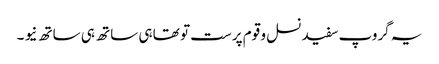
یہ گروپ سفید نسل و قوم پرست تو تھا ہی ساتھ ہی ساتھ نیو ۔